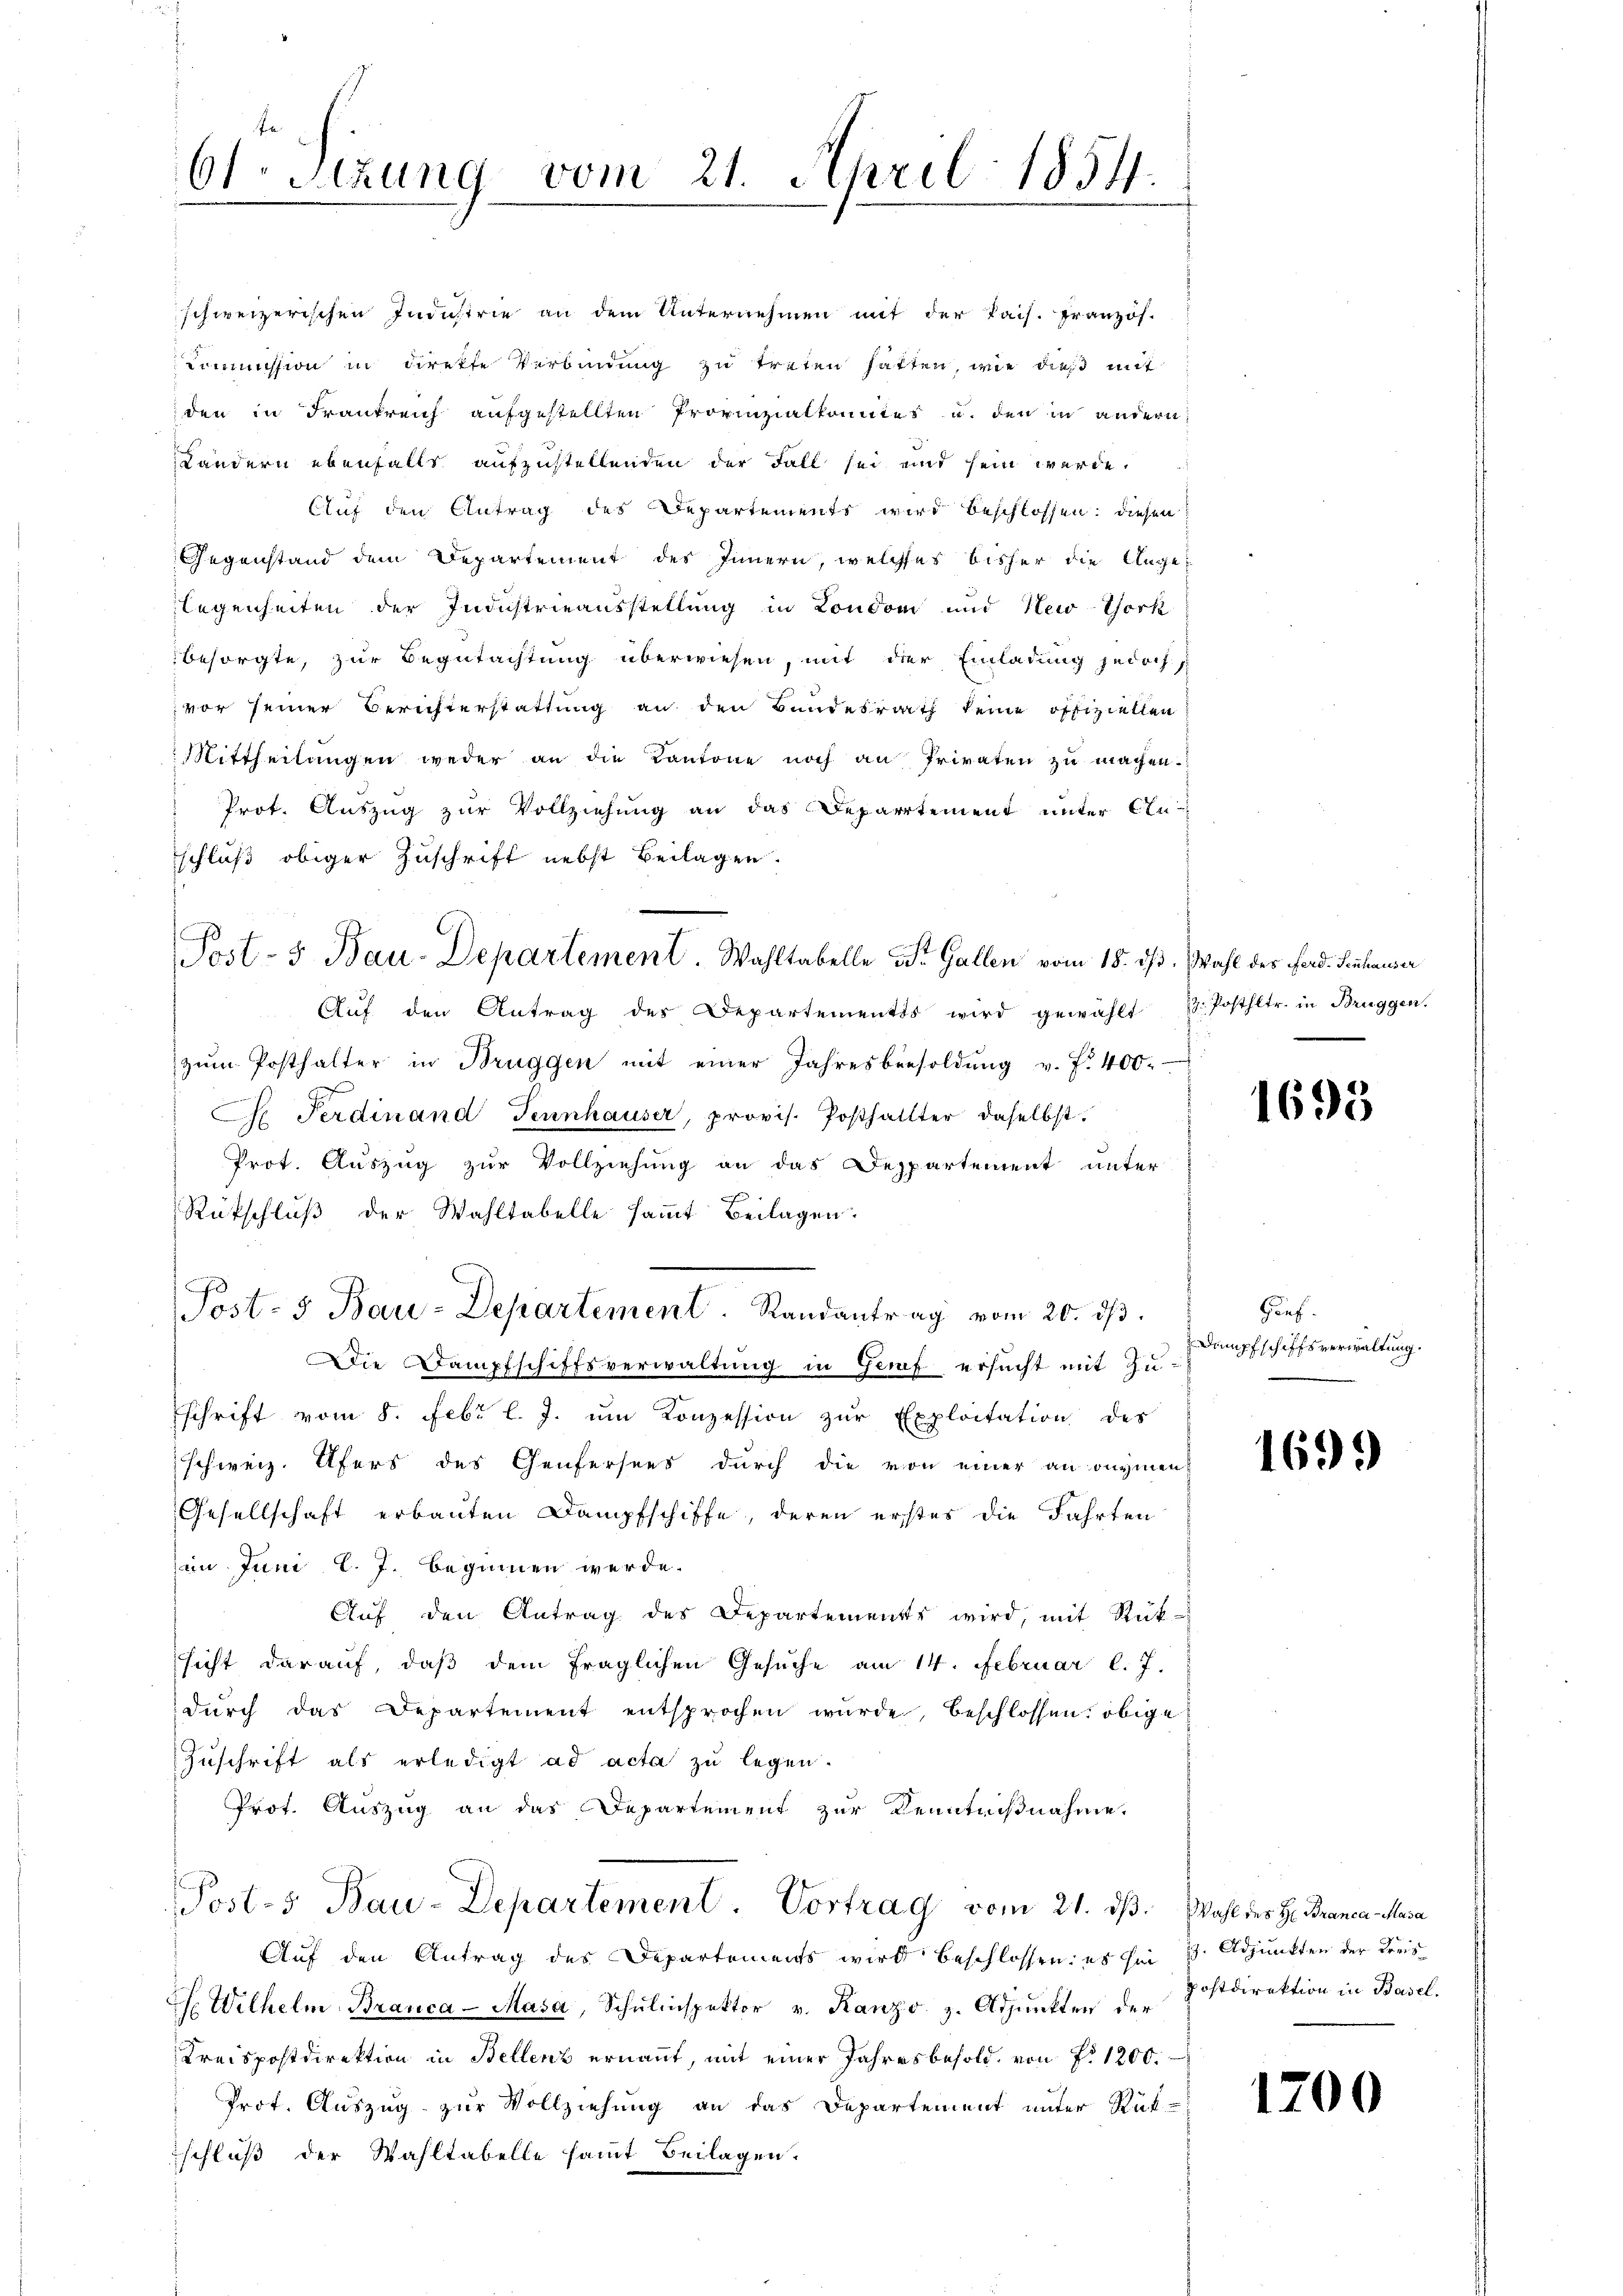
61. Sitzung vom 21. April 1854.

schweizerischen Industrie an dem Unternehmen mit der Pais. Französ.
Kommission in direkte Verbindung zu treten hatten, wie dieß mit
den in Frankreich aufgestellten Provinzialkomites u. den in andern
Ländern ebenfalls aufzustellenden der Fall sei und sein werde.
Auf den Antrag des Departements wird beschlossen: diesen
Gegenstand dem Departement des Innern, welches bisher die Ange
legenheiten der Industrieausstellung in Londoni und New-York
besorgte, zur Begutachtung überwiesen, mit der Einladung jedoch
vor seiner Berichterstattung an den Bundesrath keine offiziellen
Mittheilungen weder an die Kantone noch an Privaten zu machen.
Prot. Auszug zur Vollziehung an das Departement unter Anschluß obiger Zuschrift nebst Beilagen.
Aŭf den Antrag des Departementes wird gewählt 1. Posthltr. in Bruggen.
zŭm Posthalter in Brüggen mit einer Jahresbesoldŭng v. f. 400.
1
G Ferdinand Tennhauser, provis. Posthalter daselbst.
Prot. Auszug zur Vollziehung an das Despartement unter
Rückschluß der Wahltabelle sammt Beilagen.
Post- & Bau-Departement. Randantrag vom 20. dβ.
Die Dampfschiffsverwaltung in Genf ersucht mit Zuschrift vom 8. Febr l. J. um Konzession zur Exploitation des
schweiz. Ufers des Genfersees durch die von einer an onymen
Gesellschaft erbauten Dampfschiffe, deren erstes die Fahrten
in Juni l. J. beginnen werde.
Aŭf den Antrag des Departements wird, mit Rück-
sicht darauf, daß dem fraglichen Gesuche am 14. Februar l. J.
dŭrch das Departement entsprochen wurde, beschlossen: obige
Zuschrift als erledigt ad acta zu legen.
Prot. Auszug an das Departement zur Kenntnißnahme,
Post-s Bau-Departement. Vortrag vom 21. ds. Wahl des H. Brance-Maca
Auf den Antrag des Departements wird beschlossen: es sei 13. Adjunkten der Kreis¬
H. Wilhelm Branca - Masa, Schulinspektor v. Ranzo z. Adjunkten der Postdirektion in Basel.
Kreispostdirektion in Bellenz ernannt, mit einer Jahresbesold, von P. 1200.
Prof. Auszug zur Vollziehung an das Departement unter Rükschluß der Wahltabelle samt Beilagen.

Post- & Bau-Departement. Wahltabelle Dr. Gallen vom 15. ds. Wahl der Ferd. Schauser

1693

Gruf
Dampfschiffsverwaltung.

1699

1200